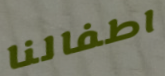
اطفالنا